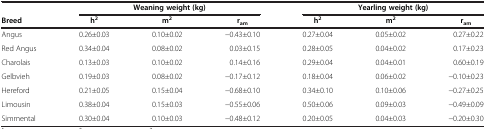
<table><thead><tr><td>[EMPTY_CELL]</td><td colspan="3"><b>Weaning weight (kg)</b></td><td colspan="3"><b>Yearling weight (kg)</b></td></tr><tr><td><b>Breed</b></td><td><b>h<sup>2</sup></b></td><td><b>m<sup>2</sup></b></td><td><b>r<sub>am</sub></b></td><td><b>h<sup>2</sup></b></td><td><b>m<sup>2</sup></b></td><td><b>r<sub>am</sub></b></td></tr></thead><tbody><tr><td>Angus</td><td>0.26±0.03</td><td>0.10±0.02</td><td>−0.43±0.10</td><td>0.27±0.04</td><td>0.05±0.02</td><td>0.27±0.22</td></tr><tr><td>Red Angus</td><td>0.34±0.04</td><td>0.08±0.02</td><td>0.03±0.15</td><td>0.28±0.05</td><td>0.04±0.02</td><td>0.17±0.23</td></tr><tr><td>Charolais</td><td>0.13±0.03</td><td>0.10±0.02</td><td>0.14±0.16</td><td>0.29±0.04</td><td>0.04±0.01</td><td>0.60±0.19</td></tr><tr><td>Gelbvieh</td><td>0.19±0.03</td><td>0.08±0.02</td><td>−0.17±0.12</td><td>0.18±0.04</td><td>0.06±0.02</td><td>−0.10±0.23</td></tr><tr><td>Hereford</td><td>0.21±0.05</td><td>0.15±0.04</td><td>−0.68±0.10</td><td>0.34±0.10</td><td>0.10±0.06</td><td>−0.27±0.25</td></tr><tr><td>Limousin</td><td>0.38±0.04</td><td>0.15±0.03</td><td>−0.55±0.06</td><td>0.50±0.06</td><td>0.09±0.03</td><td>−0.49±0.09</td></tr><tr><td>Simmental</td><td>0.30±0.04</td><td>0.10±0.03</td><td>−0.48±0.12</td><td>0.20±0.05</td><td>0.04±0.03</td><td>−0.20±0.30</td></tr></tbody></table>